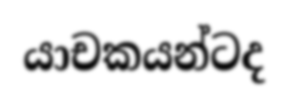
යාචකයන්ටද